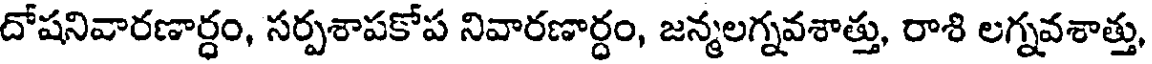
దోషనివారణార్ధం, సర్పశాపకోప నివారణార్ధం, జన్మలగ్నవశాత్తు, రాశి లగ్నవశాత్తు